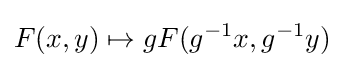
F(x,y)\mapsto gF(g^{-1}x,g^{-1}y)